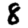
Digit: 8